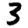
Digit: 3